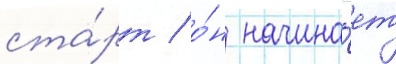
ста́рт / о́н начина́ет